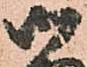
御